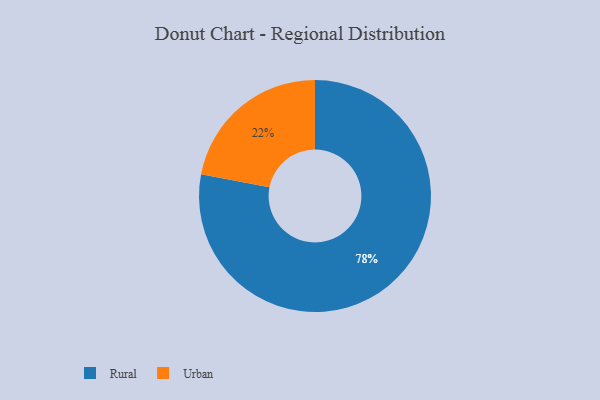
{"axis": {"x": "Category", "y": "Percentage"}, "legend": ["Rural", "Urban"], "data": [{"x": "Urban", "y": 22, "type": "Urban"}, {"x": "Rural", "y": 78, "type": "Rural"}]}